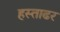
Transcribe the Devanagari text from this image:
हस्ताढर